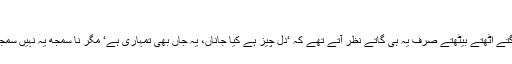
پاکستانی: دوست دوست نہ رہا
صدر بش کے دورے سے پہلے ہمارے حکمران سوتے جاگتے اٹھتے بیٹھتے صرف یہ ہی گاتے نظر آتے تھے کہ ‘دل چیز ہے کیا جاناں، یہ جاں بھی تمہاری ہے‘ مگر نا سمجھ یہ نہیں سمجھے کہ ‘دوستی امتحان لیتی ہے، دوستوں کی جان لیتی ہے‘۔